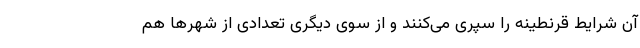
آن شرایط قرنطینه را سپری می‌کنند و از سوی دیگری تعدادی از شهرها هم